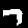
Label: 7